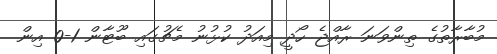
މުބާރާތުގެ ތިންވަނަ ރާއްޖެ ހޯދީ މިއަދު ކުޅުނު މެޗުގައި ބޫޓާން 1-0 އިން